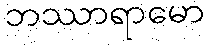
ဘဿာရာမော